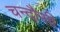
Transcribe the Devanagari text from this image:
चन्‍दौसी